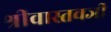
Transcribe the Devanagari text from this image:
श्रीवास्तवजी